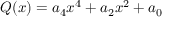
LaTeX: Q ( x ) = a _ { 4 } x ^ { 4 } + a _ { 2 } x ^ { 2 } + a _ { 0 } \,